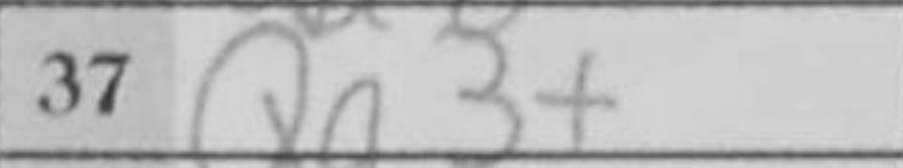
Transcription: Qa3+